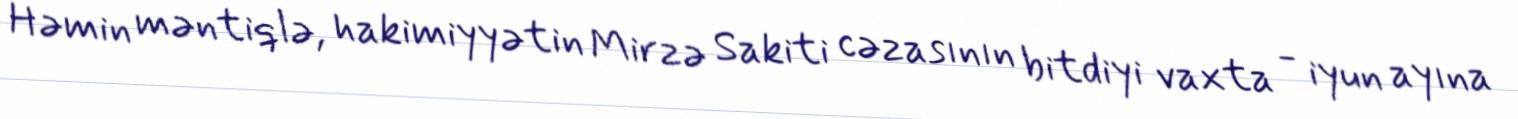
Həmin məntiqlə, hakimiyyətin Mirzə Sakiti cəzasının bitdiyi vaxta - iyun ayına